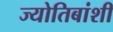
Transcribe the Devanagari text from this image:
ज्योतिबांशी